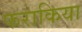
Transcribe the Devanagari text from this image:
फराकिया